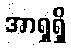
အာရှရှိ